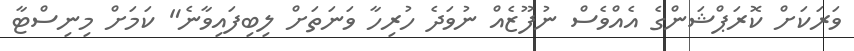
ވަރަކަށް ކޮރަޕްޝަންގެ އެއްވެސް ނުފޫޒެއް ނުވަދެ ހުރިހާ ވަނަތަށް ލިބިފައިވާނެ" ކަމަށް މިނިސްޓާ